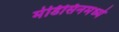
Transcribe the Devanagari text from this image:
मेडिसिनमध्ये